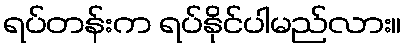
ရပ်တန်းက ရပ်နိုင်ပါမည်လား။